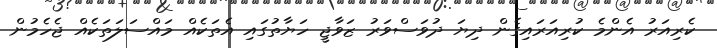
ކެރިއަރު އެންމެ ކުރިއަރައިގެން ދިޔަ ދުވަސްވަރު ޒަވާޖީ ހަޔާތުގައި އެތަކެއް މައްސަލަތަކެއް ޖެހެމުން